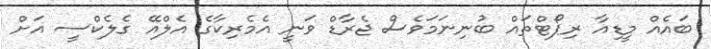
ބައެއް މީޑިއާ ރިޕޯޓްތައް ބުނިނަމަވެސް ޖެރާޑް ވަނީ އެމެރިކާގެ އެލްއޭ ގެލެކްސީ އަށް